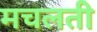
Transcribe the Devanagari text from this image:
मचलती